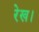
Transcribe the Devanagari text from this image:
रेख।